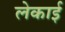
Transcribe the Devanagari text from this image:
लेकाई